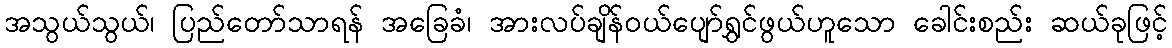
အသွယ်သွယ်၊ ပြည်တော်သာရန် အခြေခံ၊ အားလပ်ချိန်ဝယ်ပျော်ရွှင်ဖွယ်ဟူသော ခေါင်းစည်း ဆယ်ခုဖြင့်